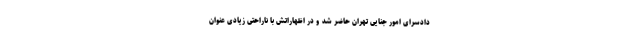
دادسرای امور جنایی تهران حاضر شد و در اظهاراتش با ناراحتی زیادی عنوان